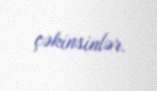
çəkinsinlər.